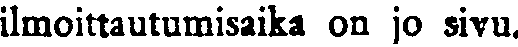
ilmoittautumisaika on jo sivu.